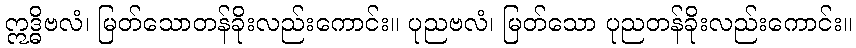
ဣဒ္ဓိဗလံ၊ မြတ်သောတန်ခိုးလည်းကောင်း။ ပုညဗလံ၊ မြတ်သော ပုညတန်ခိုးလည်းကောင်း။